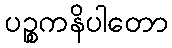
ပဉ္စကနိပါတော